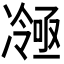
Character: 𭂤